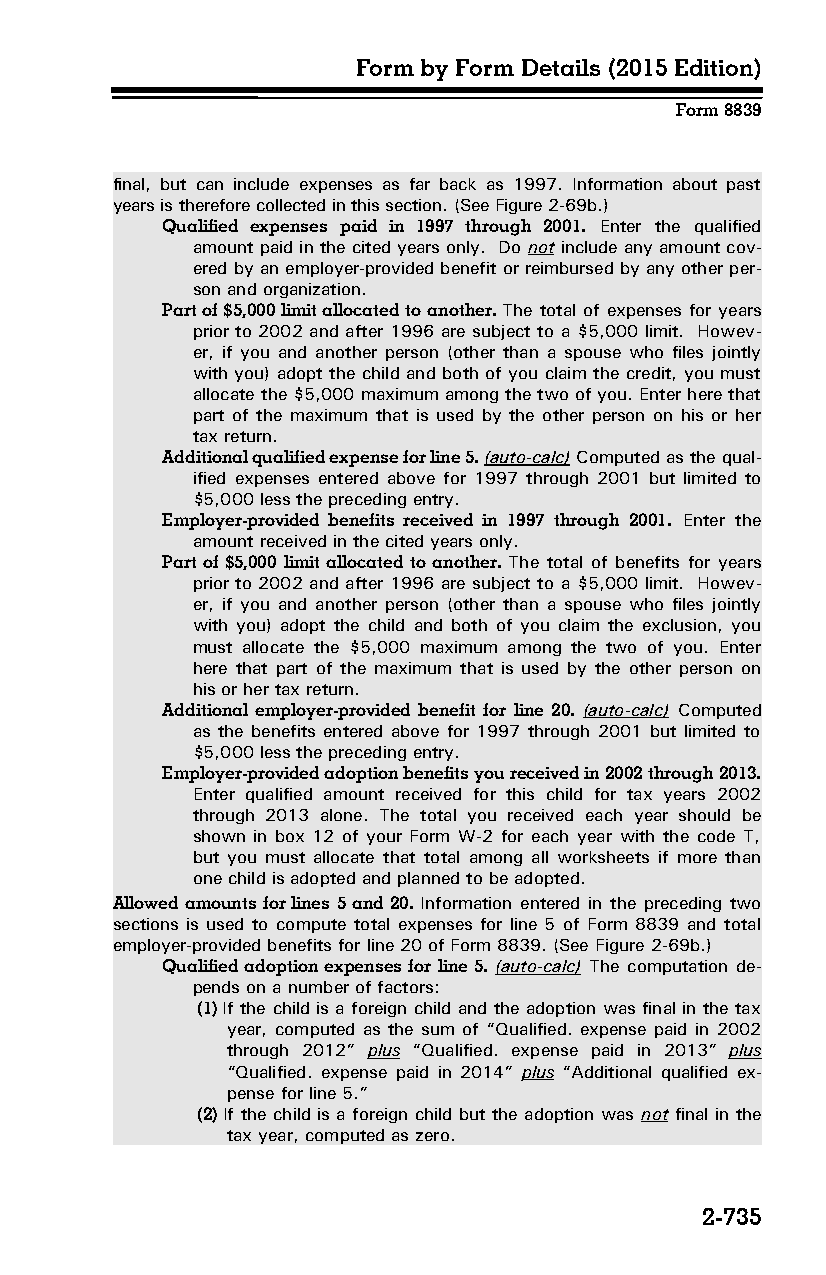
Form by Form Details (2015 Edition)
 Form 8839
 final, but can include expenses as far back as 1997. Information about past
 years is therefore collected in this section. (See Figure 2-69b.)
 Qualified expenses paid in 1997 through 2001. Enter the qualified
 amount paid in the cited years only. Do not include any amount cov­
 ered by an employer-provided benefit or reimbursed by any other per­
 son and organization.
 Part of $5,000 limit allocated to another. The total of expenses for years
 prior to 2002 and after 1996 are subject to a $5,000 limit. Howev­
 er, if you and another person (other than a spouse who files jointly
 with you) adopt the child and both of you claim the credit, you must
 allocate the $5,000 maximum among the two of you. Enter here that
 part of the maximum that is used by the other person on his or her
 tax return.
 Additional qualified expense for line 5. (auto-calc) Computed as the qual­
 ified expenses entered above for 1997 through 2001 but limited to
 $5,000 less the preceding entry.
 Employer-provided benefits received in 1997 through 2001. Enter the
 amount received in the cited years only.
 Part of $5,000 limit allocated to another. The total of benefits for years
 prior to 2002 and after 1996 are subject to a $5,000 limit. Howev­
 er, if you and another person (other than a spouse who files jointly
 with you) adopt the child and both of you claim the exclusion, you
 must allocate the $5,000 maximum among the two of you. Enter
 here that part of the maximum that is used by the other person on
 his or her tax return.
 Additional employer-provided benefit for line 20. (auto-calc) Computed
 as the benefits entered above for 1997 through 2001 but limited to
 $5,000 less the preceding entry.
 Employer-provided adoption benefits you received in 2002 through 2013.
 Enter qualified amount received for this child for tax years 2002
 through 2013 alone. The total you received each year should be
 shown in box 12 of your Form W-2 for each year with the code T,
 but you must allocate that total among all worksheets if more than
 one child is adopted and planned to be adopted.
 Allowed amounts for lines 5 and 20. Information entered in the preceding two
 sections is used to compute total expenses for line 5 of Form 8839 and total
 employer-provided benefits for line 20 of Form 8839. (See Figure 2-69b.)
 Qualified adoption expenses for line 5. (auto-calc) The computation de­
 pends on a number of factors:
 (1) If the child is a foreign child and the adoption was final in the tax
 year, computed as the sum of “Qualified. expense paid in 2002
 through 2012” plus “Qualified. expense paid in 2013” plus
 “Qualified. expense paid in 2014” plus “Additional qualified ex­
 pense for line 5.”
 (2) If the child is a foreign child but the adoption was not final in the
 tax year, computed as zero.
 2-735